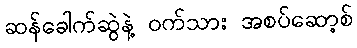
ဆန်ခေါက်ဆွဲနဲ့ ဝက်သား အစပ်ဆော့စ်